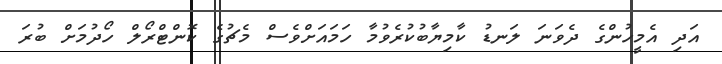
އަދި އެމީހުންގެ ދެވަނަ ލަނޑު ކާމިޔާބުކުރެވުމާ ހަމައަށްވެސް މެޗުގެ ކޮންޓްރޯލް ހޯދުމަށް ބުރަ